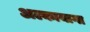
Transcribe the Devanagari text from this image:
अल्कायागा